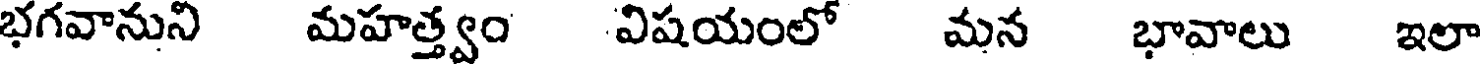
భగవానుని మహత్త్వం విషయంలో మన భావాలు ఇలా